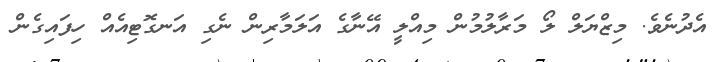
އެދުނެވެ. މިޒްޔަލް ލޯ މަރާލުމުން މިއްލީ އޭނާގެ އަލަމާރިން ނެގި އަނގޮޓިއެއް ހިފައިގެން